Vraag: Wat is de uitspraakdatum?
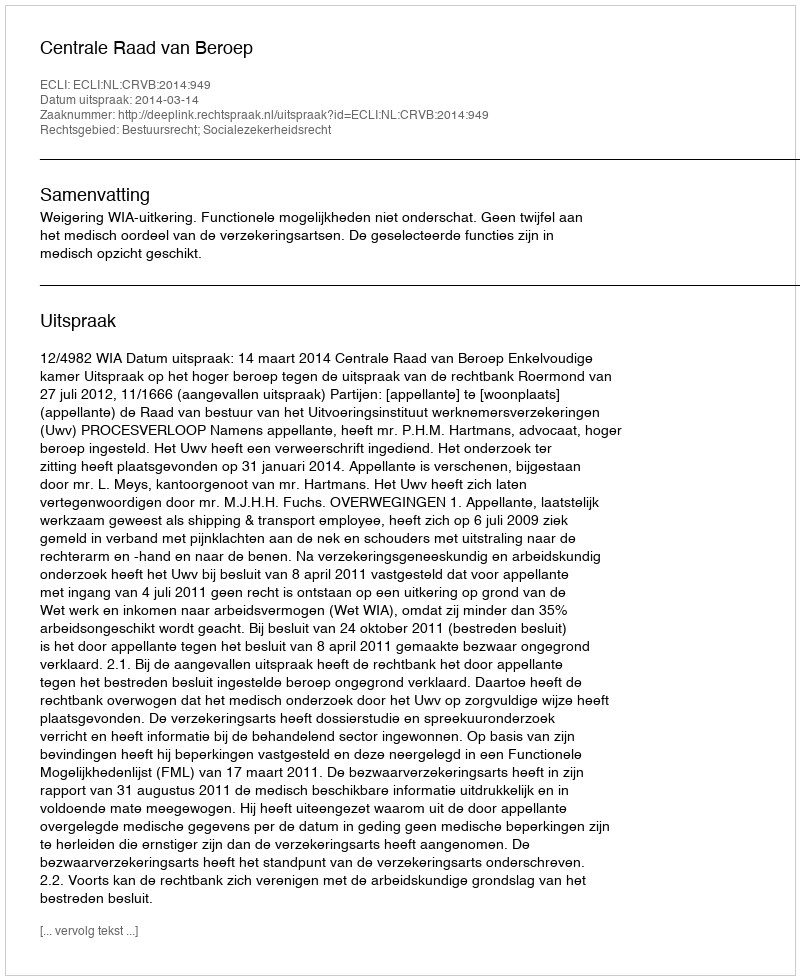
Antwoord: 2014-03-14